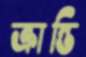
ক্রান্তি